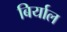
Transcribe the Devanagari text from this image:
बिर्याल